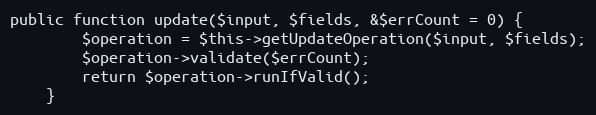
Language: PHP
public function update($input, $fields, &$errCount = 0) {
		$operation = $this->getUpdateOperation($input, $fields);
		$operation->validate($errCount);
		return $operation->runIfValid();
	}